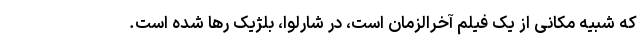
که شبیه مکانی از یک فیلم آخرالزمان است، در شارلوا، بلژیک رها شده است.